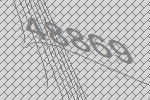
48869